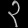
Digit: ၃